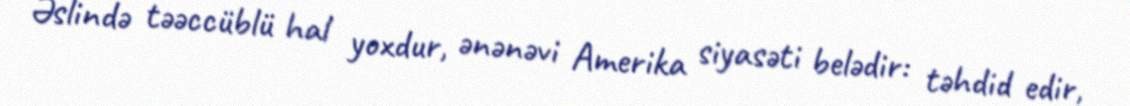
Əslində təəccüblü hal yoxdur, ənənəvi Amerika siyasəti belədir: təhdid edir,